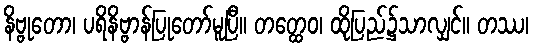
နိဗ္ဗုတော၊ ပရိနိဗ္ဗာန်ပြုတော်မူပြီ။ တတ္ထေဝ၊ ထိုပြည်၌သာလျှင်။ တဿ၊